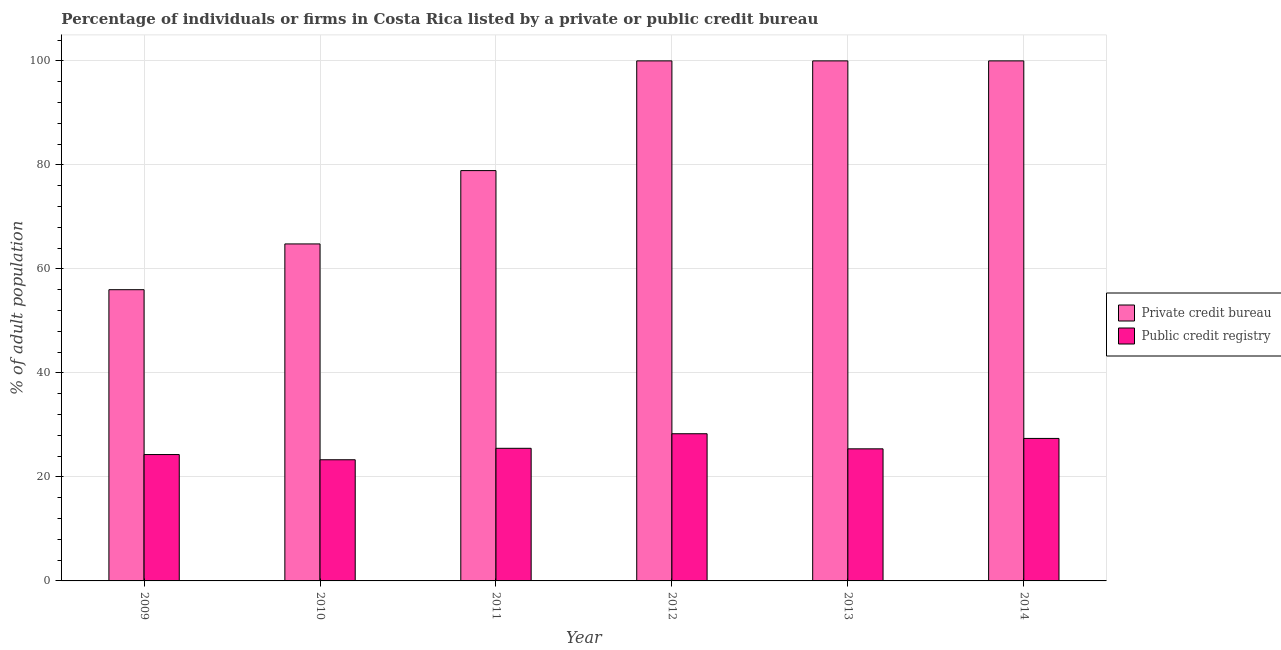
| Year | Private credit bureau | Public credit registry |
 | --- | --- | --- |
 | 2009 | 56 | 24.3 |
 | 2010 | 64.8 | 23.3 |
 | 2011 | 78.9 | 25.5 |
 | 2012 | 100 | 28.3 |
 | 2013 | 100 | 25.4 |
 | 2014 | 100 | 27.4 |